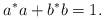
LaTeX: \begin{align*}a^*a+b^*b=1.\end{align*}